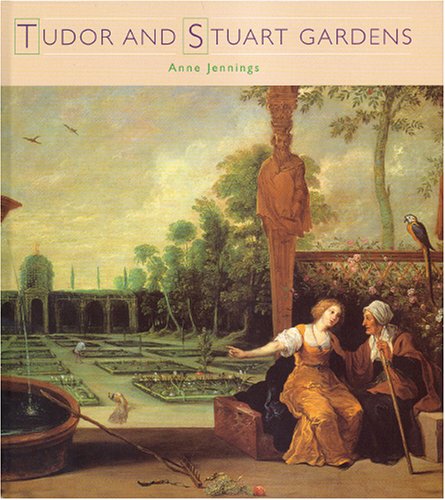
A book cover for Tudor and Stuart Gardens (Historic Gardens); Justin Jennings; Crafts, Hobbies & Home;